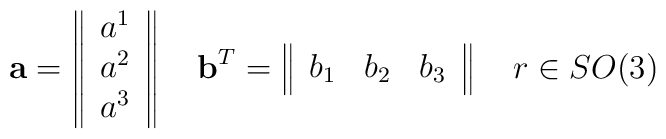
{\bf a}=\left\|\begin{array}{c}a^1\\a^2\\a^3\end{array}\right\| \quad{\bf b}^T=\left\|\begin{array}{ccc}b_1&b_2&b_3\end{array}\right\|\quad r\in SO(3)